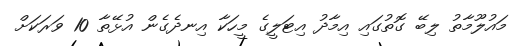
މައުލޫމާތު ލިބޭ ގޮތުގައި އިމާދު އިޓަލީގެ މީހަކާ އިނދެގެން އުޅޭތާ 10 ވަރަކަށް